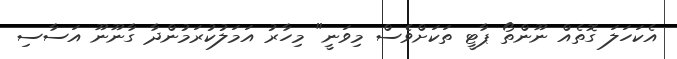
އެކަހަލަ ގޮތެއް ނޫންތޯ ޕާޓީ ތަކަށްވެސް މިވަނީ" މިހާރު އަމަލުކުރަމުންދާ ގާނޫނޫ އަސާސި